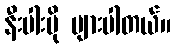
နီးပါးပို များပါတယ်။